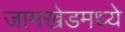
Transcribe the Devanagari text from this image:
जामखेडमध्ये